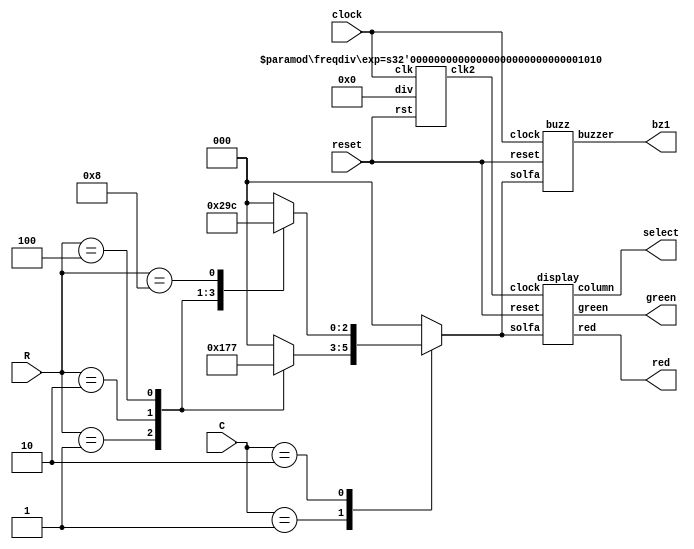
/**
 *  TungHai University
 *  Electrical Engineering
 *
 *  Version: 1.0.4 (2010/01/11 updated)
 *  Licence: BSD
 *
 *  Copyright (c) 2010, hkc
 *  All rights reserved.
 *
 *  Redistribution and use in source and binary forms, with 
 *  or without modification, are permitted provided that the 
 *  following conditions are met:
 *
 *  * Redistributions of source code must retain the above 
 *    copyright notice, this list of conditions and the 
 *    following disclaimer.
 *  * Redistributions in binary form must reproduce the 
 *    above copyright notice, this list of conditions and 
 *    the following disclaimer in the documentation and/or 
 *    other materials provided with the distribution.
 *  * Neither the name of the TungHai University nor the 
 *    names of its contributors may be used to endorse or 
 *    promote products derived from this software without 
 *    specific prior written permission.
 *
 *  THIS SOFTWARE IS PROVIDED BY THE COPYRIGHT HOLDERS AND 
 *  CONTRIBUTORS "AS IS" AND ANY EXPRESS OR IMPLIED WARRANTIES, 
 *  INCLUDING, BUT NOT LIMITED TO, THE IMPLIED WARRANTIES OF 
 *  MERCHANTABILITY AND FITNESS FOR A PARTICULAR PURPOSE ARE 
 *  DISCLAIMED. IN NO EVENT SHALL THE COPYRIGHT HOLDER OR 
 *  CONTRIBUTORS BE LIABLE FOR ANY DIRECT, INDIRECT, 
 *  INCIDENTAL, SPECIAL, EXEMPLARY, OR CONSEQUENTIAL DAMAGES 
 *  (INCLUDING, BUT NOT LIMITED TO, PROCUREMENT OF SUBSTITUTE 
 *  GOODS OR SERVICES; LOSS OF USE, DATA, OR PROFITS; OR 
 *  BUSINESS INTERRUPTION) HOWEVER CAUSED AND ON ANY THEORY 
 *  OF LIABILITY, WHETHER IN CONTRACT, STRICT LIABILITY, OR 
 *  TORT (INCLUDING NEGLIGENCE OR OTHERWISE) ARISING IN ANY 
 *  WAY OUT OF THE USE OF THIS SOFTWARE, EVEN IF ADVISED OF 
 *  THE POSSIBILITY OF SUCH DAMAGE.
 */

 /* wq` */
`define Do  3'd1
`define Re  3'd2
`define Mi  3'd3
`define Fa  3'd4
`define Sol 3'd5
`define La  3'd6
`define Si  3'd7

/* D */
module subject(bz1, select, green, red, clock, reset, C, R);

    input   clock, reset;
    input   [3:0] C, R;
    output  bz1;
    output  [2:0] select;
    output  [7:0] green, red;
    wire    clock2;         // W clock
    reg     [2:0] solfa;    // W

    /* KEY BOARD 8 * 8  */
    always @ (C or R)
    begin
        case (C)
            4'b0001:
                case (R)
                    4'b0001: solfa <= `Sol;
                    4'b0010: solfa <= `La;
                    4'b0100: solfa <= `Si;
                    default: solfa <= 3'd0;
				endcase

            4'b0010:
                case (R)
                    4'b0001: solfa <= `Do;
                    4'b0010: solfa <= `Re;
                    4'b0100: solfa <= `Mi;
                    4'b1000: solfa <= `Fa;
                    default: solfa <= 3'd0;
                endcase

            default:
                solfa <= 3'd0;

        endcase
    end

    /* W ( 2^10 = 1024AoWv 20MHz / 1024 ~= 20kHz) */
    freqdiv #(.exp(10)) FD (clock2, clock, reset, 10'd0);

    /* oXWn */
    buzz    BZ (bz1, clock, reset, solfa);
    /* b 8 * 8 LED WW */
    display DP (select, green, red, clock2, reset, solfa);

endmodule

module display(column, green, red, clock, reset, solfa);

    input   clock, reset;
    input   [2:0] solfa;
    output  [2:0] column;
    output  [7:0] green, red;
    reg     [7:0] green0, green1, green2, green3; // sCCHKeJ
    reg     [7:0] green4, green5, green6, green7; // yX
    reg     [9:0] count; // kwC
    reg     clock2; // @q@i

    /* WTsAHKy */
    always @ (posedge clock)
    begin
        case (solfa)
            `Do:
                begin
                    green0 <= 8'b10000000;
                    green1 <= 8'b10111110;
                    green2 <= 8'b10111110;
                    green3 <= 8'b11000001;
                    green4 <= 8'b11111001;
                    green5 <= 8'b11110110;
                    green6 <= 8'b11110110;
                    green7 <= 8'b11111001;
                    count <= 10'b0;
                end

            `Re:
                begin
                    green0 <= 8'b10000000;
                    green1 <= 8'b10110111;
                    green2 <= 8'b10110111;
                    green3 <= 8'b11001000;
                    green4 <= 8'b11110001;
                    green5 <= 8'b11101010;
                    green6 <= 8'b11101010;
                    green7 <= 8'b11110011;
                    count <= 10'b0;
                end

            `Mi:
                begin
                    green0 <= 8'b10000000;
                    green1 <= 8'b11011111;
                    green2 <= 8'b11100111;
                    green3 <= 8'b11011111;
                    green4 <= 8'b10000000;
                    green5 <= 8'b11111111;
                    green6 <= 8'b11101000;
                    green7 <= 8'b11111111;
                    count <= 10'b0;
                end

            `Fa:
                begin
                    green0 <= 8'b10000000;
                    green1 <= 8'b10110111;
                    green2 <= 8'b10110111;
                    green3 <= 8'b10111111;
                    green4 <= 8'b11111101;
                    green5 <= 8'b11101010;
                    green6 <= 8'b11101010;
                    green7 <= 8'b11110000;
                    count <= 10'b0;
                end

            `Sol:
                begin
                    green0 <= 8'b11001110;
                    green1 <= 8'b10110110;
                    green2 <= 8'b10111001;
                    green3 <= 8'b11111001;
                    green4 <= 8'b11110110;
                    green5 <= 8'b11110110;
                    green6 <= 8'b11111001;
                    green7 <= 8'b10000000;
                    count <= 10'b0;
                end

            `La:
                begin
                    green0 <= 8'b10000000;
                    green1 <= 8'b11111110;
                    green2 <= 8'b11111110;
                    green3 <= 8'b11111110;
                    green4 <= 8'b11111101;
                    green5 <= 8'b11101010;
                    green6 <= 8'b11101010;
                    green7 <= 8'b11110000;
                    count <= 10'b0;
                end

            `Si:
                begin
                    green0 <= 8'b11001110;
                    green1 <= 8'b10110110;
                    green2 <= 8'b10110110;
                    green3 <= 8'b10111001;
                    green4 <= 8'b11111111;
                    green5 <= 8'b11111111;
                    green6 <= 8'b11101000;
                    green7 <= 8'b11111111;
                    count <= 10'b0;
                end

            default:
                begin
                    /* ~BzAJDW
                                S@ANkX */
                    clock2 = (count == 10'b0) ? 1'b1 : 1'b0;

                    if (clock2)
                    begin
                        green7 <= green6;
                        green6 <= green5;
                        green5 <= green4;
                        green4 <= green3;
                        green3 <= green2;
                        green2 <= green1;
                        green1 <= green0;
                        green0 <= 8'b11111111;
                    end

                    count <= (reset) ? 10'b0 : count + 10'b1;
                end

        endcase
    end

    assign red = 8'b11111111; // SAG

    /* Nseyb 8 * 8 LED */
    sweep8x8   SW (green, column, clock, reset,
                   green0, green1, green2, green3,
                   green4, green5, green6, green7);

endmodule

module sweep8x8(col, sel, clk, rst,
                col0, col1, col2, col3,
                col4, col5, col6, col7);

    input   clk, rst;
    input   [7:0] col0, col1, col2, col3;
    input   [7:0] col4, col5, col6, col7;
    output  [7:0] col;
    output  [2:0] sel;
    reg     [7:0] col;
    reg     [2:0] sel;

    always @ (posedge clk)
    begin
        sel <= (rst) ? 3'b0 : sel + 3'b1;
    end

    always @ (sel or
              col0 or col1 or col2 or col3 or
              col4 or col5 or col6 or col7)
    begin
        case (sel)
            3'd0:   col <= col0;
            3'd1:   col <= col1;
            3'd2:   col <= col2;
            3'd3:   col <= col3;
            3'd4:   col <= col4;
            3'd5:   col <= col5;
            3'd6:   col <= col6;
            3'd7:   col <= col7;
            default:
                    col <= ~8'd0;
        endcase
    end

endmodule

module buzz(buzzer, clock, reset, solfa);

    input   clock, reset;
    input   [2:0] solfa;
    output  buzzer;
    reg     [15:0] div;

    /* OCWWbi */
    always @ (solfa)
    begin
        case (solfa)
            `Do:    div <= 16'd38221;
            `Re:    div <= 16'd34052;
            `Mi:    div <= 16'd30336;
            `Fa:    div <= 16'd28629;
            `Sol:   div <= 16'd25509;
            `La:    div <= 16'd22727; // 20MHz / 440 / 2 - 1
            `Si:    div <= 16'd20247;
            default:
                    div <= 16'd1; // WC]iH reset
        endcase
    end

    freqdiv #(.exp(16)) FD (buzzer, clock, reset, div);

endmodule

module freqdiv(clk2, clk, rst, div);

    parameter exp = 20;

    input   clk, rst;
    input   [exp-1:0] div;
    output  clk2;
    reg     clk2;
    reg     [exp-1:0] cnt;

    integer i;

    always @ (posedge clk)
    begin
        if (rst)
            for (i = 0; i < exp; i = i+1)
                cnt[i] <= 1'b0;
        else
        begin
            if (div)
            begin
                if ((div != 1) && (cnt == 0))
                begin
                    clk2 <= ~clk2;
                    cnt <= div;
                end
            end
            else
                clk2 <= cnt[exp-1];

            cnt <= cnt - 1'b1;
        end
    end

endmodule